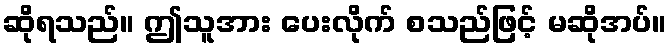
ဆိုရသည်။ ဤသူအား ပေးလိုက် စသည်ဖြင့် မဆိုအပ်။